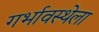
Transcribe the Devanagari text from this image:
गर्भावस्थेला